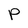
Character: P